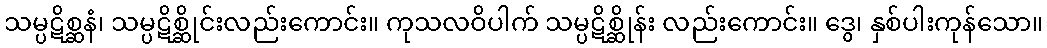
သမ္ပဋိစ္ဆနံ၊ သမ္ပဋိစ္ဆိုင်းလည်းကောင်း။ ကုသလဝိပါက် သမ္ပဋိစ္ဆိုန်း လည်းကောင်း။ ဒွေ၊ နှစ်ပါးကုန်သော။